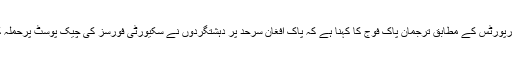
میڈیا رپورٹس کے مطابق ترجمان پاک فوج کا کہنا ہے کہ پاک افغان سرحد پر دہشتگردوں نے سکیورٹی فورسز کی چیک پوسٹ پرحملہ کردیا۔